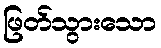
ဖြတ်သွားသော